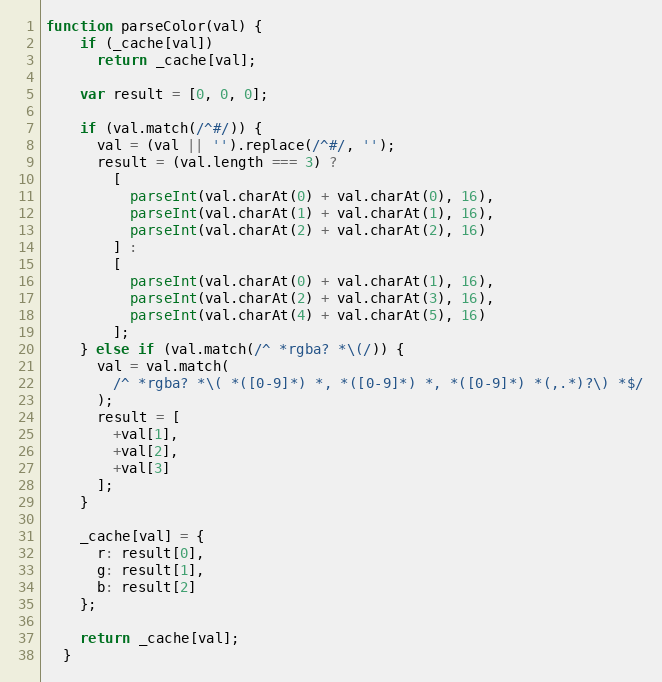
Language: JavaScript
function parseColor(val) {
    if (_cache[val])
      return _cache[val];

    var result = [0, 0, 0];

    if (val.match(/^#/)) {
      val = (val || '').replace(/^#/, '');
      result = (val.length === 3) ?
        [
          parseInt(val.charAt(0) + val.charAt(0), 16),
          parseInt(val.charAt(1) + val.charAt(1), 16),
          parseInt(val.charAt(2) + val.charAt(2), 16)
        ] :
        [
          parseInt(val.charAt(0) + val.charAt(1), 16),
          parseInt(val.charAt(2) + val.charAt(3), 16),
          parseInt(val.charAt(4) + val.charAt(5), 16)
        ];
    } else if (val.match(/^ *rgba? *\(/)) {
      val = val.match(
        /^ *rgba? *\( *([0-9]*) *, *([0-9]*) *, *([0-9]*) *(,.*)?\) *$/
      );
      result = [
        +val[1],
        +val[2],
        +val[3]
      ];
    }

    _cache[val] = {
      r: result[0],
      g: result[1],
      b: result[2]
    };

    return _cache[val];
  }